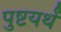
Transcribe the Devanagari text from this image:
पुष्टयर्थं